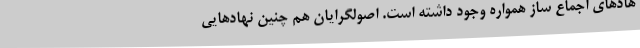
هادهای اجماع ساز همواره وجود داشته است. اصولگرایان هم‌ چنین نهادهایی